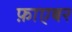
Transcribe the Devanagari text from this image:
फ़ाएबर